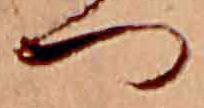
つ